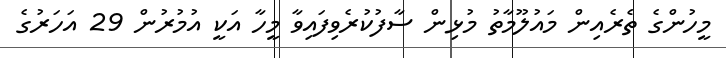
މީހުންގެ ތެރެއިން މައުލޫމާތު މުޅިން ސާފުކުރެވިފައިވާ މީހާ އަކީ އުމުރުން 29 އަހަރުގެ